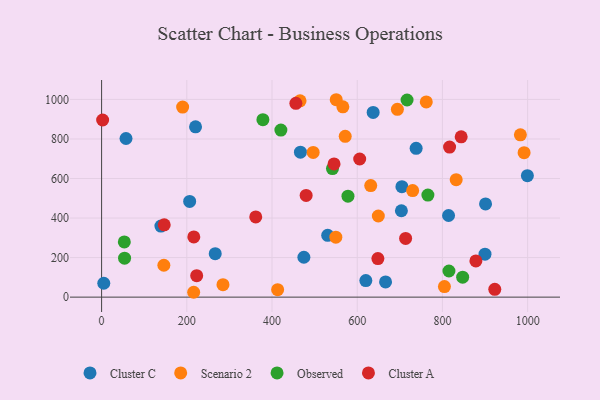
{"axis": {"x": "Engine Size", "y": "Rating"}, "legend": ["Cluster A", "Cluster C", "Observed", "Scenario 2"], "data": [{"x": "530.7", "y": 312.5, "type": "Cluster C"}, {"x": "466.7", "y": 733.2, "type": "Cluster C"}, {"x": "620.2", "y": 83.8, "type": "Cluster C"}, {"x": "899.9", "y": 217.3, "type": "Cluster C"}, {"x": "220.5", "y": 861.6, "type": "Cluster C"}, {"x": "474.8", "y": 201.7, "type": "Cluster C"}, {"x": "206.7", "y": 484.2, "type": "Cluster C"}, {"x": "738.3", "y": 752.8, "type": "Cluster C"}, {"x": "5.1", "y": 70.3, "type": "Cluster C"}, {"x": "814.4", "y": 412.8, "type": "Cluster C"}, {"x": "637.4", "y": 934.2, "type": "Cluster C"}, {"x": "901.2", "y": 471.7, "type": "Cluster C"}, {"x": "266.7", "y": 219.7, "type": "Cluster C"}, {"x": "999.4", "y": 614.6, "type": "Cluster C"}, {"x": "139.2", "y": 359.2, "type": "Cluster C"}, {"x": "57.3", "y": 802.4, "type": "Cluster C"}, {"x": "666.5", "y": 77.0, "type": "Cluster C"}, {"x": "704.9", "y": 558.9, "type": "Cluster C"}, {"x": "703.7", "y": 437.0, "type": "Cluster C"}, {"x": "694.3", "y": 949.8, "type": "Scenario 2"}, {"x": "146.1", "y": 161.3, "type": "Scenario 2"}, {"x": "804.7", "y": 53.4, "type": "Scenario 2"}, {"x": "571.8", "y": 813.3, "type": "Scenario 2"}, {"x": "550.7", "y": 998.5, "type": "Scenario 2"}, {"x": "190.2", "y": 961.2, "type": "Scenario 2"}, {"x": "465.8", "y": 993.0, "type": "Scenario 2"}, {"x": "566.3", "y": 962.5, "type": "Scenario 2"}, {"x": "496.6", "y": 731.8, "type": "Scenario 2"}, {"x": "216.1", "y": 24.6, "type": "Scenario 2"}, {"x": "549.8", "y": 303.3, "type": "Scenario 2"}, {"x": "991.7", "y": 730.6, "type": "Scenario 2"}, {"x": "649.5", "y": 410.4, "type": "Scenario 2"}, {"x": "983.0", "y": 821.2, "type": "Scenario 2"}, {"x": "832.3", "y": 594.3, "type": "Scenario 2"}, {"x": "284.9", "y": 63.0, "type": "Scenario 2"}, {"x": "413.2", "y": 37.9, "type": "Scenario 2"}, {"x": "762.1", "y": 987.3, "type": "Scenario 2"}, {"x": "730.1", "y": 539.1, "type": "Scenario 2"}, {"x": "631.7", "y": 564.3, "type": "Scenario 2"}, {"x": "53.9", "y": 197.0, "type": "Observed"}, {"x": "53.3", "y": 279.1, "type": "Observed"}, {"x": "717.0", "y": 997.0, "type": "Observed"}, {"x": "420.8", "y": 845.2, "type": "Observed"}, {"x": "541.9", "y": 650.2, "type": "Observed"}, {"x": "847.5", "y": 100.8, "type": "Observed"}, {"x": "765.9", "y": 516.3, "type": "Observed"}, {"x": "578.3", "y": 510.7, "type": "Observed"}, {"x": "378.6", "y": 897.5, "type": "Observed"}, {"x": "815.3", "y": 132.1, "type": "Observed"}, {"x": "844.0", "y": 810.9, "type": "Cluster A"}, {"x": "922.9", "y": 39.4, "type": "Cluster A"}, {"x": "223.2", "y": 108.6, "type": "Cluster A"}, {"x": "648.5", "y": 195.2, "type": "Cluster A"}, {"x": "216.4", "y": 304.6, "type": "Cluster A"}, {"x": "456.0", "y": 980.4, "type": "Cluster A"}, {"x": "361.8", "y": 405.6, "type": "Cluster A"}, {"x": "713.6", "y": 297.2, "type": "Cluster A"}, {"x": "878.5", "y": 183.2, "type": "Cluster A"}, {"x": "147.0", "y": 365.9, "type": "Cluster A"}, {"x": "2.4", "y": 895.9, "type": "Cluster A"}, {"x": "480.1", "y": 514.5, "type": "Cluster A"}, {"x": "605.8", "y": 698.6, "type": "Cluster A"}, {"x": "816.8", "y": 759.0, "type": "Cluster A"}, {"x": "545.6", "y": 673.8, "type": "Cluster A"}]}